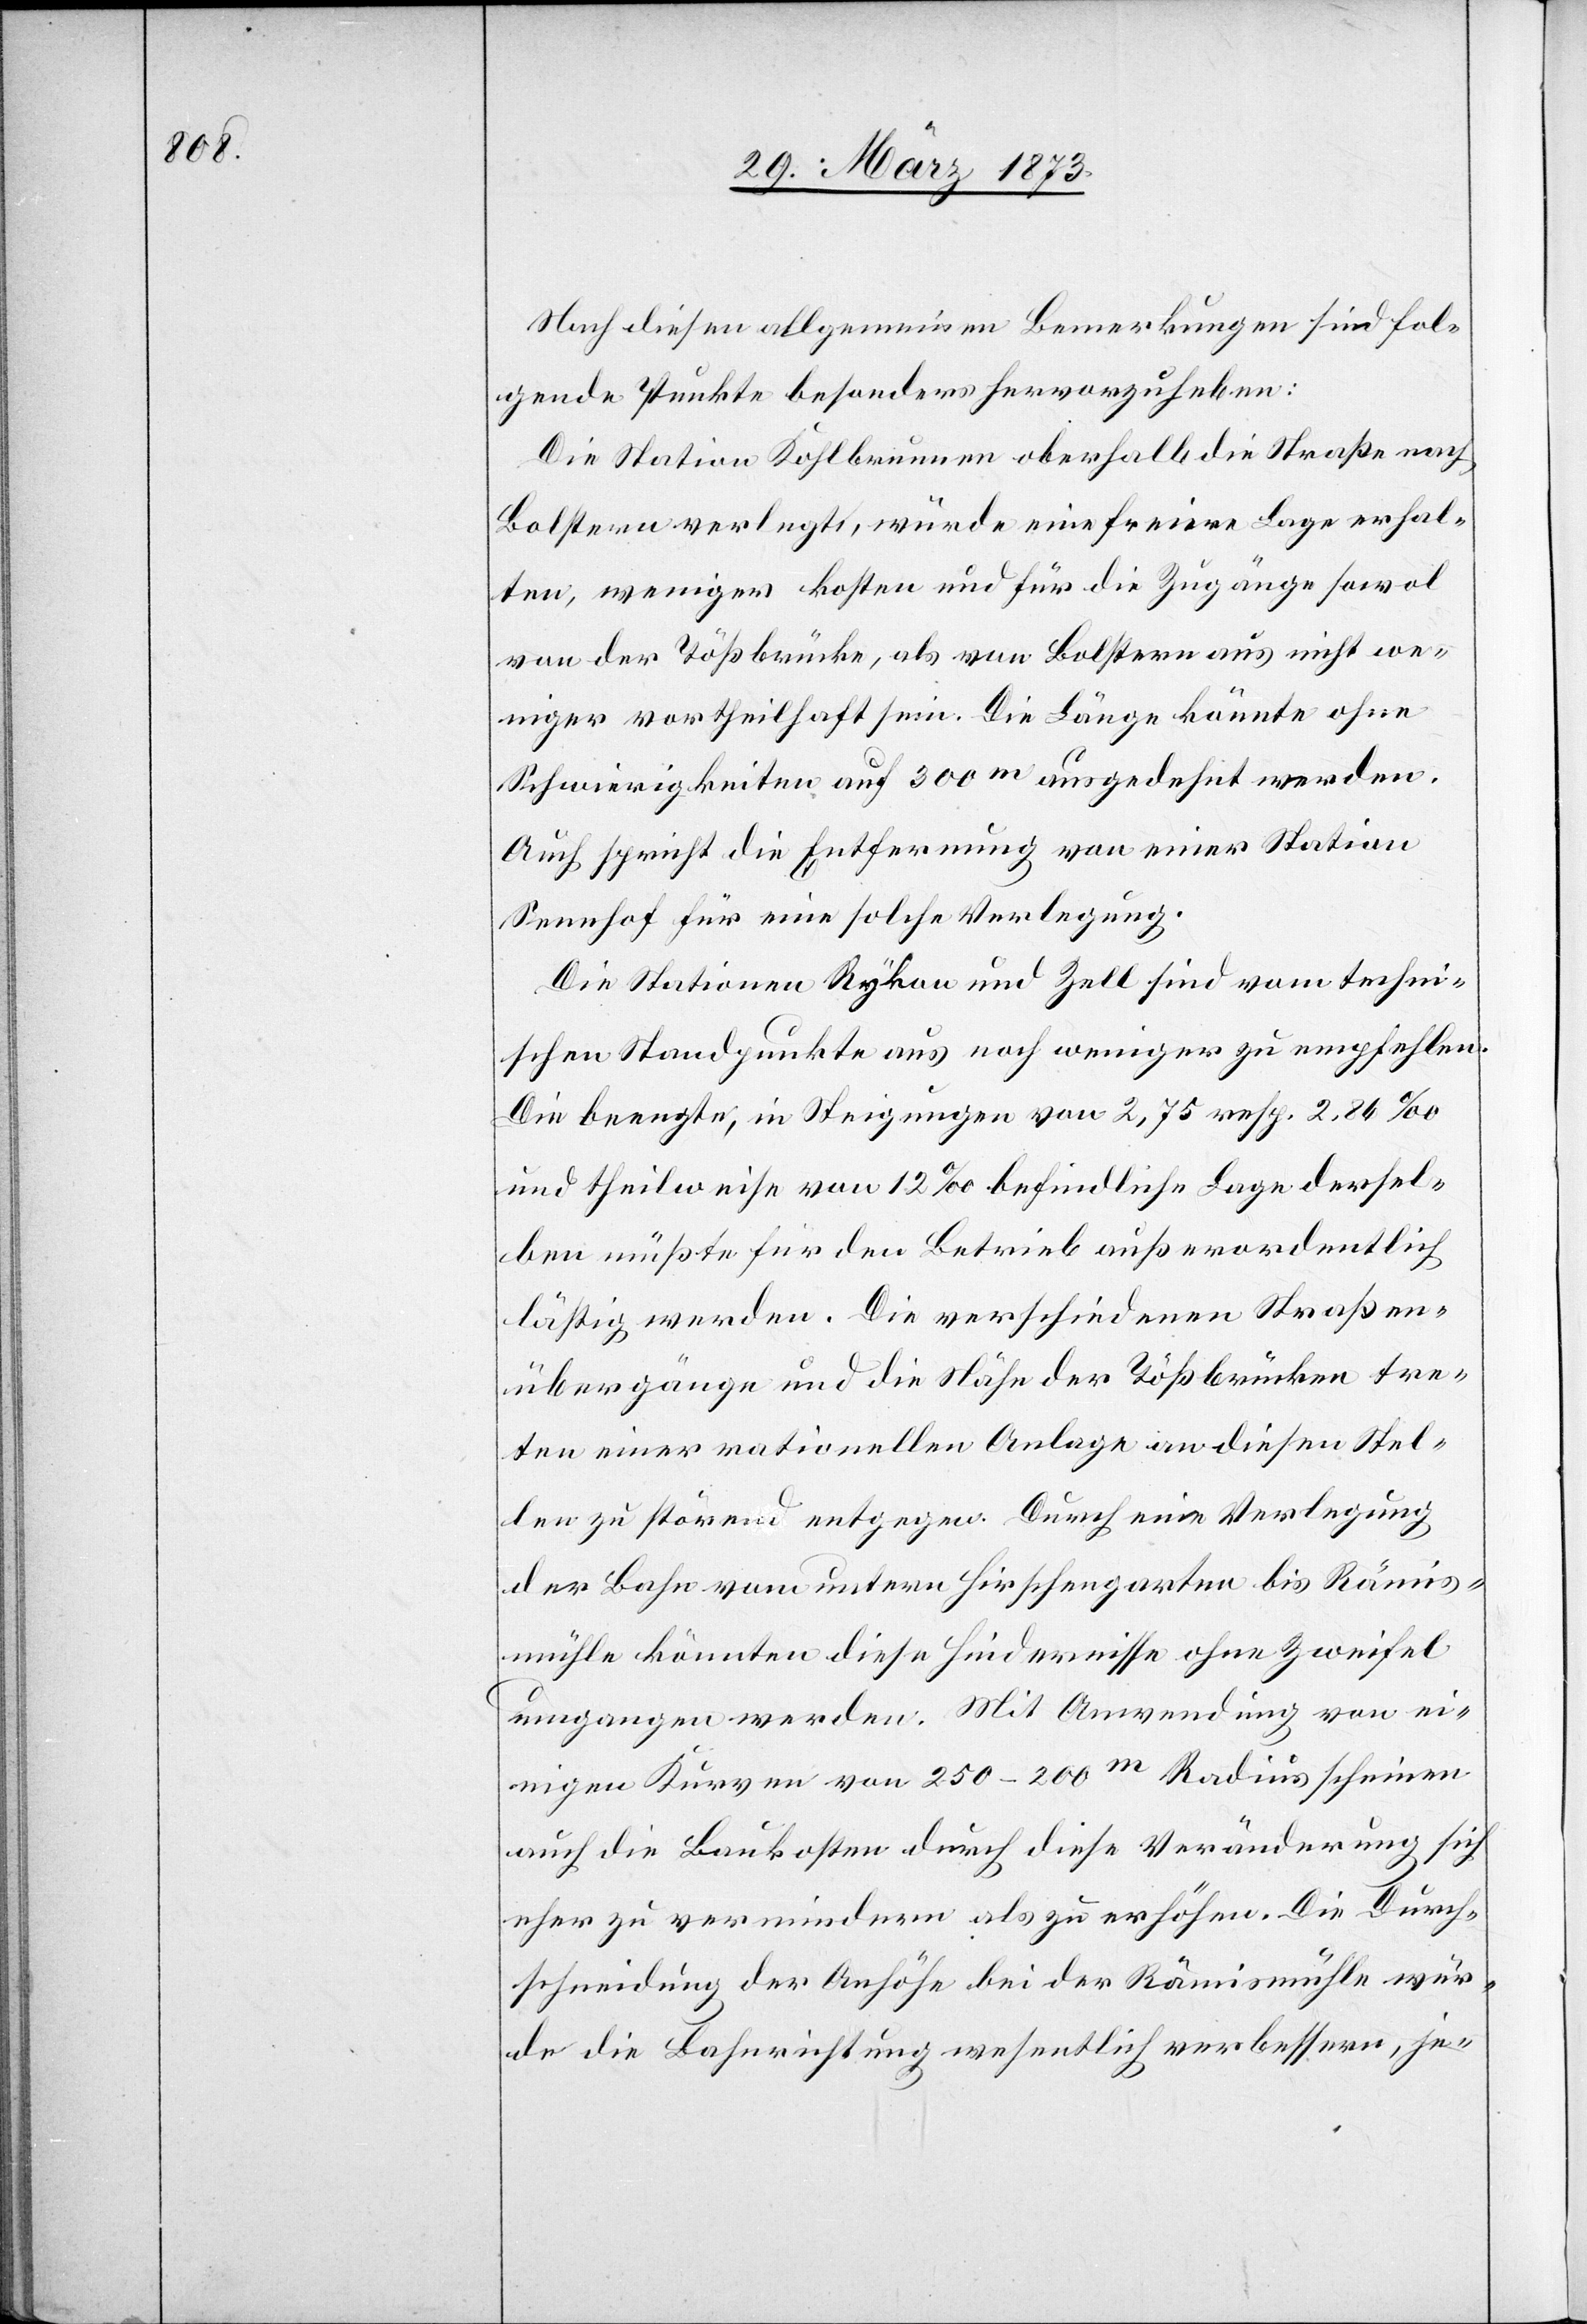
Nach diesen allgemeinen Bemerkungen sind fol¬
gende Punkte besonders hervorzuheben:
Die Station Kohlbrunnen oberhalb die Straße nach
Bolstern verlegt, würde eine freiere Lage erhal¬
ten, weniger kosten und für die Zugänge sowol
von der Tößbrücke, als von Bolstern aus nicht we¬
niger vortheilhaft sein. Die Länge könnte ohne
Schwierigkeiten auf 300m ausgedehnt werden.
Auch spricht die Entfernung von einer Station
Seenhof für eine solche Verlegung.
Die Stationen Rykon und Zell sind vom techni¬
schen Standpunkte aus noch weniger zu empfehlen.
Die beengte, in Steigungen von 2,75 resp. 2,86‰
und theilweise von 12‰ befindliche Lage dersel¬
ben müßte für den Betrieb außerordentlich
lästig werden. Die verschiedenen Straßen¬
übergänge und die Nähe der Tößbrücken tre¬
ten einer rationellen Anlage an diesen Stel¬
len zu störend entgegen. Durch eine Verlegung
der Bahn vom untern Hirschengarten bis Rämis¬
mühle könnten diese Hindernisse ohne Zweifel
umgangen werden. Mit Anwendung von ei¬
nigen Kurven von 250–200m Radius schienen
auch die Baukosten durch diese Veränderung sich
eher zu vermindern als zu erhöhen. Die Durch¬
schneidung der Anhöhe bei der Rämismühle wür¬
de die Bahnrichtung wesentlich verbessern, je-